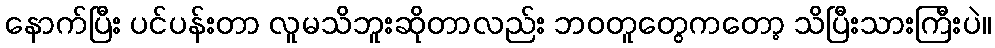
နောက်ပြီး ပင်ပန်းတာ လူမသိဘူးဆိုတာလည်း ဘဝတူတွေကတော့ သိပြီးသားကြီးပဲ။